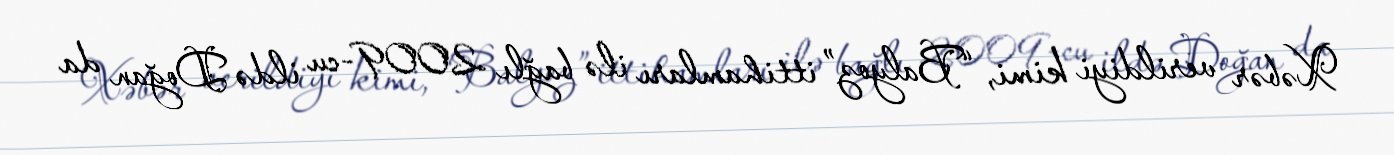
Xəbər verildiyi kimi, “Balyoz” ittihamları ilə bağlı 2009-cu ildə Doğan da